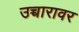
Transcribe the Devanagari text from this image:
उच्चारावर